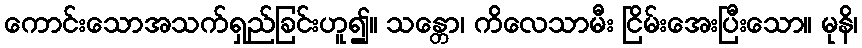
ကောင်းသောအသက်ရှည်ခြင်းဟူ၍။ သန္တော၊ ကိလေသာမီး ငြိမ်းအေးပြီးသော။ မုနိ၊